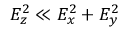
E _ { z } ^ { 2 } \ll E _ { x } ^ { 2 } + E _ { y } ^ { 2 }